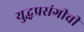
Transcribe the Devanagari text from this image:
युद्धप्रसंगीची